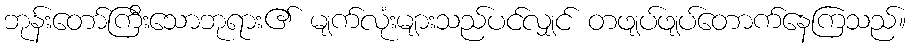
ဘုန်းတော်ကြီးသောဘုရား၏ မျက်လုံးများသည်ပင်လျှင် တဖျပ်ဖျပ်တောက်နေကြသည်။